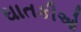
ઘાતકીઓ